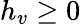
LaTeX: h_{v}\geq 0